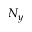
N _ { y }